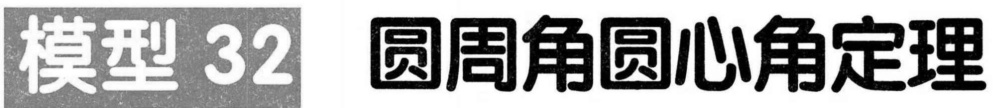
模型 32  圆周角圆心角定理